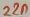
Text: 22n